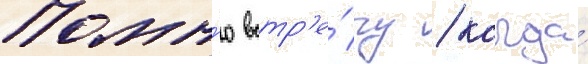
Помн'ю встр'е́чу / когда́